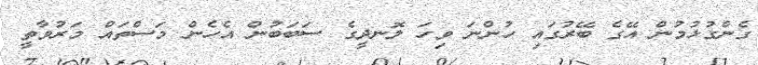
ގެންގުޅުމުން އޭގެ ބޭރުގައި ހުންނަ ވިހަ ލޮނދީގެ ސަބަބުން އެހެން މަސްތައް މަރުވާތީ